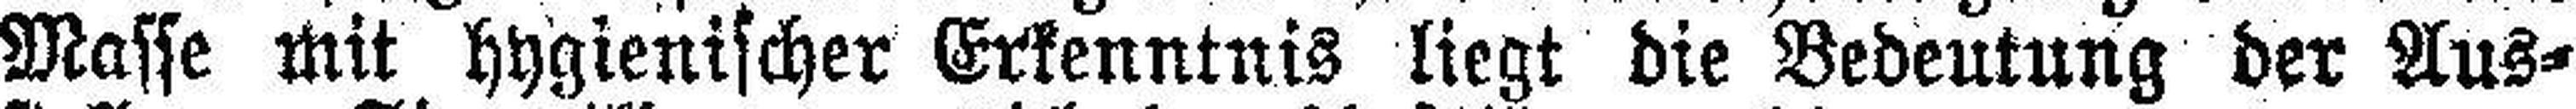
Masse mit hygienischer Erkenntnis liegt die Bedeutung der Aus¬